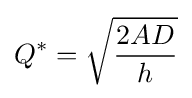
Q^{*}={\sqrt {\frac {2AD}{h}}}